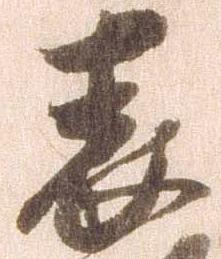
表